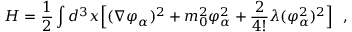
H = { \frac { 1 } { 2 } } \int d ^ { 3 } x \Bigl [ ( \nabla \varphi _ { \alpha } ) ^ { 2 } + m _ { 0 } ^ { 2 } \varphi _ { \alpha } ^ { 2 } + { \frac { 2 } { 4 ! } } \lambda ( \varphi _ { \alpha } ^ { 2 } ) ^ { 2 } \Bigr ] \ \ ,